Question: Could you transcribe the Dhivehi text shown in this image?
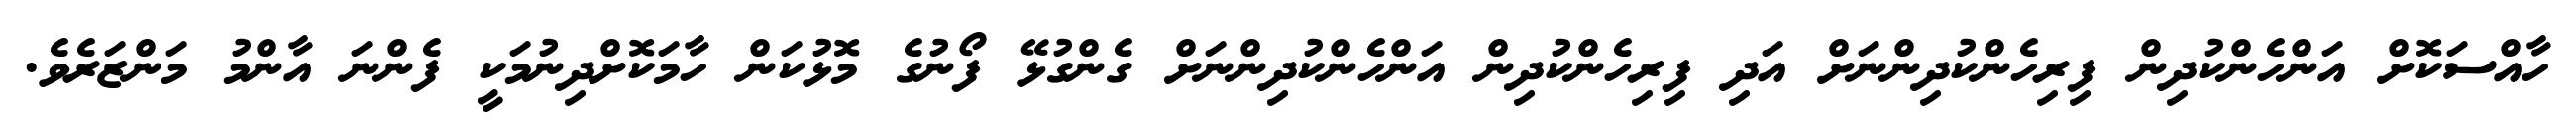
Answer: ހާއްސަކޮށް އަންހެންކުދިން ފިރިހެންކުދިންނަށް އަދި ފިރިހެންކުދިން އަންހެންކުދިންނަށް ގެންގުޅޭ ފޯނުގެ މޮޅުކަން ހާމަކޮށްދިނުމަކީ ފެންނަ އާންމު މަންޒަރެވެ.